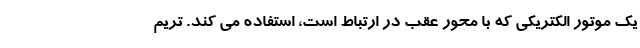
یک موتور الکتریکی که با محور عقب در ارتباط است، استفاده می کند. تریم